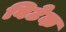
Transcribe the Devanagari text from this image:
विटेक